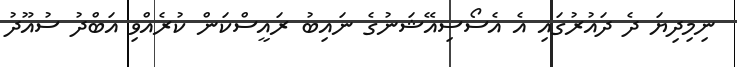
ނިމިދިޔަ ދެ ދައުރުގައި އެ އެސޯސިއޭޝަނުގެ ނައިބު ރައީސްކަން ކުރެއްވި އަބްދު ސުއޫދު